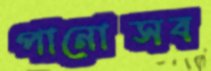
পানোত্সব